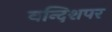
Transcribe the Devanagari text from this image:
बन्दिशपर